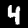
Digit: 4